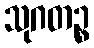
သုဂတဉ္စ